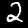
Label: 2